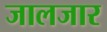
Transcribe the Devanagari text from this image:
जालजार